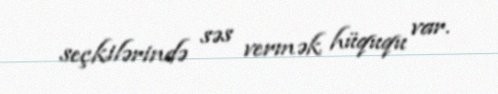
seçkilərində səs vermək hüququ var.